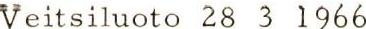
Veitsiluoto 28 3 1966